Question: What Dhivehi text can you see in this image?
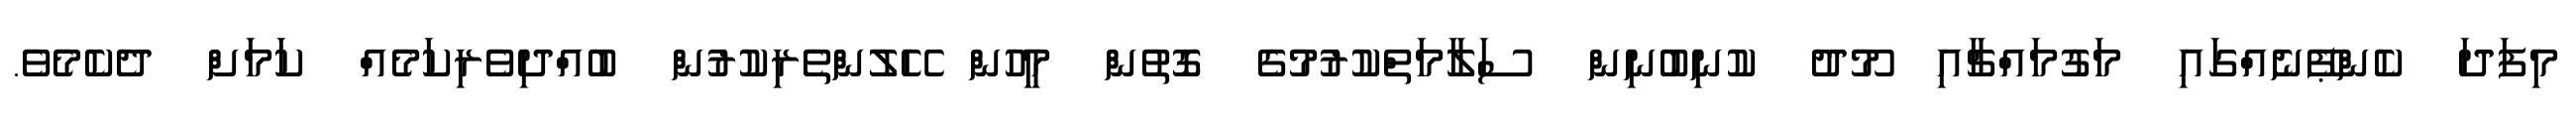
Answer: މިފަދަ ކެންޕޭނެއްގައި މަގުމައްޗާއި މޫދު ކުނިބުނިން ސަލާމަތްކުރުމުގެ ގޮތުން މީހުން ހޭލުންތެރިކުރުން ބުއްދިވެރިކަމެއް ކަމަށް ދެކެމެވެ.